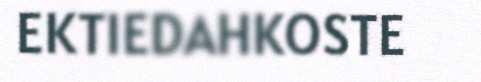
EKTIEDAHKOSTE